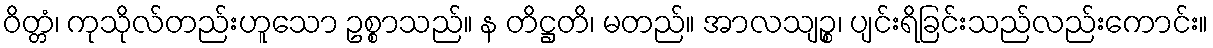
ဝိတ္တံ၊ ကုသိုလ်တည်းဟူသော ဥစ္စာသည်။ န တိဋ္ဌတိ၊ မတည်။ အာလသျဉ္စ၊ ပျင်းရိခြင်းသည်လည်းကောင်း။